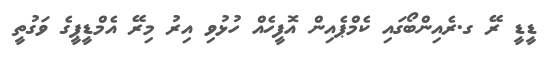
ޑީޑީ ރޭ ގ.ރެއިންބޯގައި ކެމްޕެއިން އޮފީހެއް ހުޅުވި އިރު މިރޭ އެމްޑީޕީގެ ވަގުތީ